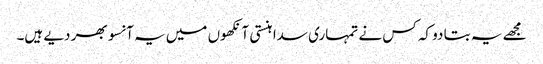
مجھے یہ بتا دو کہ کس نے تمہاری سدا ہنستی آنکھوں میں یہ آنسو بھر دیے ہیں۔